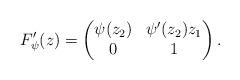
LaTeX: \begin{align*}F_\psi^\prime(z) = \begin{pmatrix} \psi(z_2) & \psi^\prime(z_2)z_1 \\ 0 & 1 \end{pmatrix}.\end{align*}